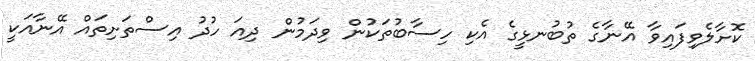
ކޮށާލެވިފައިވާ އޭނާގެ ތުބުނޅީގެ އެކި ހިސާބުތަކުން ވިދަމުން ދިއަ ހުދު އިސްތަށިތައް އޭނާއަކީ